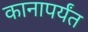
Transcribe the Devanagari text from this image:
कानापर्यंत